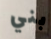
بني